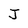
Character: J